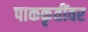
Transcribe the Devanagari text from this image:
पाककृतींवर